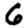
Digit: 6